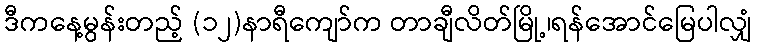
ဒီကနေ့မွန်းတည့် (၁၂)နာရီကျော်က တာချီလိတ်မြို့၊ရန်အောင်မြေပါလျှံ